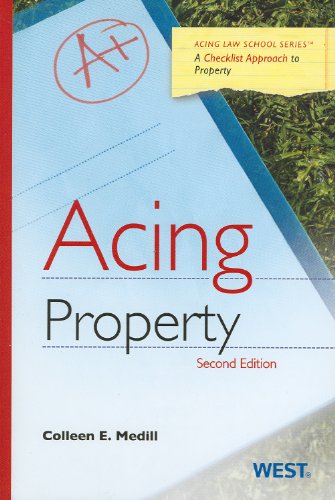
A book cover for Acing Property (Acing Series); Colleen Medill; Law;